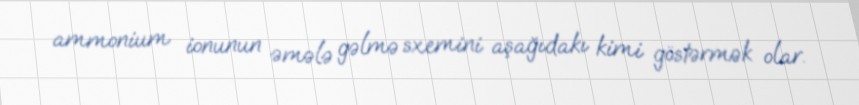
ammonium ionunun əmələ gəlmə sxemini aşağıdakı kimi göstərmək olar.